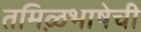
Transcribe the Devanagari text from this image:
तमिऴभाषेची